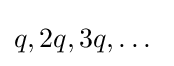
q,2q,3q,\dots \